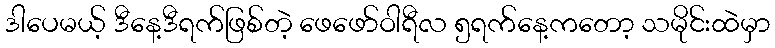
ဒါပေမယ့် ဒီနေ့ဒီရက်ဖြစ်တဲ့ ဖေဖော်ဝါရီလ ၅ရက်နေ့ကတော့ သမိုင်းထဲမှာ